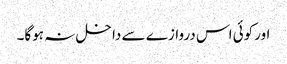
اورکوئی اس دروازے سے داخل نہ ہوگا۔